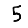
Digit: 5